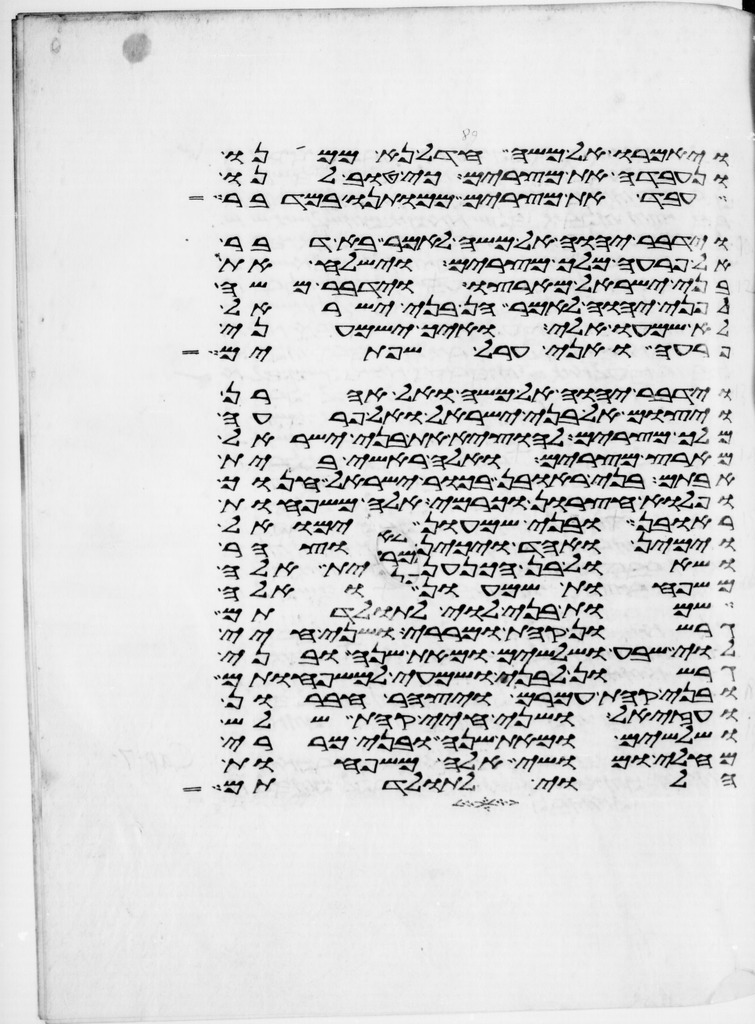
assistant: ויאמרו אל משה חדל נא ממנו
ונעבדה את מצרים כי טוב לנו
עבד את מצרים ממותנו במדבר
וידבר יהוה אל משה לאמר בא דבר
אל פרעה מלך מצרים וישלח את
בני ישראל מארצו וידבר משה
לפני יהוה לאמר הן בני ישראל
לא שמעו אלי ואיך ישמעני
פרעה ואני ערל שפתים
וידבר יהוה אל משה ואל אהרן
ויצום אל בני ישראל ואל פרעה
מלך מצרים להוציא את בני ישראל
מארץ מצרים ואלה ראשי בית
אבותם בני ראובן בכור ישראל חנוך
ופלוא חצרון וכרמי אלה משפחות
ראובן ובני שמעון ימואל
וימין ואחד ויכין וצהר
ושאול בן הכנענית אלה
משפחות שמעון ואלה
שמות בני לוי לתולדתם
גרשון קהת ומררי ושני חיי
לוי שבע ושלשים ומאת שנה ובני
גרשון לבני ושמעי למשפחותם
ובני קהת עמרם ויצהר חברון
ועזיאל ושני חיי קהת שלש
ושלשים ומאת שנה ובני מררי
מחלי ומושי אלה משפחות
הלוי לתולדתם